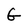
Character: G